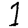
Digit: 1